Scottish Leaving Certificate Examination, 1961
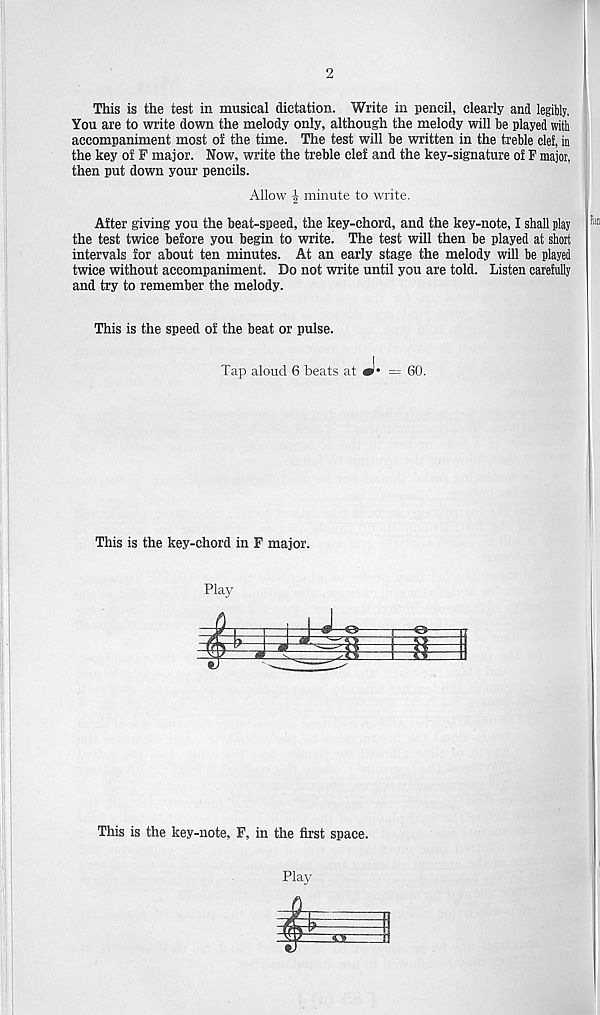
2
This is the test in musical dictation. Write in pencil, clearly and legibly.
You are to write down the melody only, although the melody will be played with
accompaniment most of the time. The test will be written in the treble clef, in
the key of F major. Now, write the treble clef and the key-signature of F major,
then put down your pencils.
Allow £ minute to write.
After giving you the beat-speed, the key-chord, and the key-note, I shall play
the test twice before you begin to write. The test will then be played at short
intervals for about ten minutes. At an early stage the melody will be played
twice without accompaniment. Do not write until you are told. Listen carefully
and try to remember the melody.
flan
This is the speed of the beat or pulse.
Tap aloud 6 beats at •• = 60.
This is the key-chord in F major.
Play
This is the key-note, F, in the first space.
Play